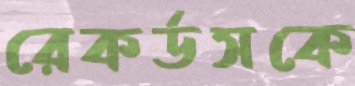
রেকর্ডসকে